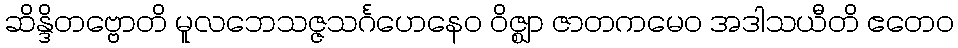
ဆိန္ဒိတဗ္ဗောတိ မူလဘေသဇ္ဇသင်္ဂဟေနေဝ ဝိဇ္ဈာ ဇာတကမေဝ အဒါသယီတိ ဧတေဝ